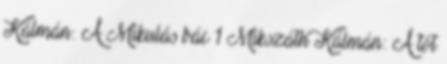
Kálmán: A Mikulás bác 1 Mikszáth Kálmán: A tót